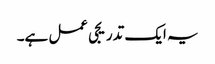
یہ ایک تدریجی عمل ہے۔